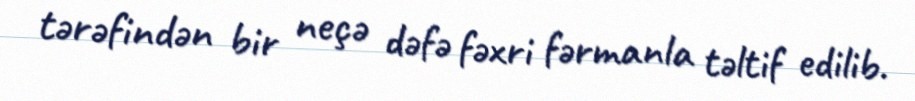
tərəfindən bir neçə dəfə fəxri fərmanla təltif edilib.